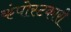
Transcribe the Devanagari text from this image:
कंपोस्टकारी